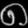
Digit: ၈